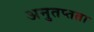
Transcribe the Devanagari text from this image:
अनुतप्तता